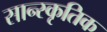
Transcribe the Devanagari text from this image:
सान्स्कृतिक